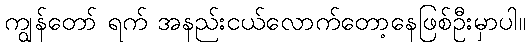
ကျွန်တော် ရက် အနည်းငယ်လောက်တော့နေဖြစ်ဦးမှာပါ။